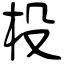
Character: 杸